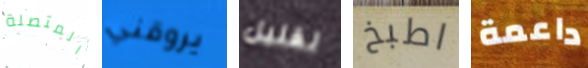
المتصلة يروقني لقليل اطبخ داعمة